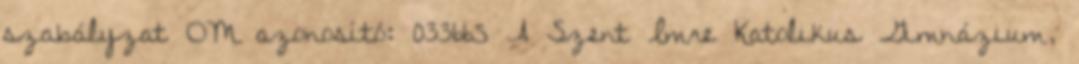
szabályzat OM azonosító: 033665 A Szent Imre Katolikus Gimnázium,